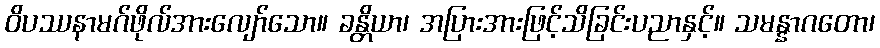
ဝိပဿနာမဂ်ဖိုလ်အားလျော်သော။ ခန္တိယာ၊ အပြားအားဖြင့်သိခြင်းပညာနှင့်။ သမန္နာဂတော၊